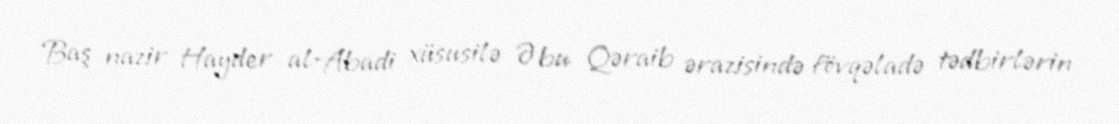
Baş nazir Hayder al-Abadi xüsusilə Əbu Qəraib ərazisində fövqəladə tədbirlərin